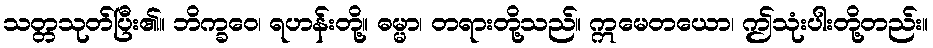
သတ္တသုတ်ပြီး၏။ ဘိက္ခဝေ၊ ရဟန်းတို့။ ဓမ္မာ၊ တရားတို့သည်။ ဣမေတယော၊ ဤသုံးပါးတို့တည်း။